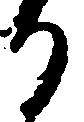
り